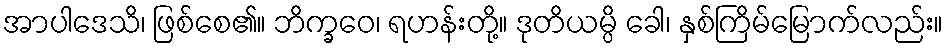
အာပါဒေသိ၊ ဖြစ်စေ၏။ ဘိက္ခဝေ၊ ရဟန်းတို့။ ဒုတိယမ္ပိ ခေါ၊ နှစ်ကြိမ်မြောက်လည်း။